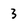
Character: 3